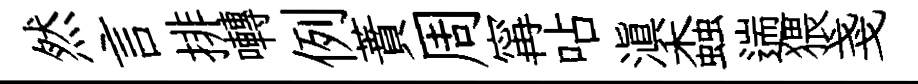
然言排囀例蕡周𡩋呫滇螙遄猥戔